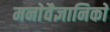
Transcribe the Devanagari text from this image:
मनाेवैज्ञानिकाें